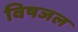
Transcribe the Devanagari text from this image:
विषजल